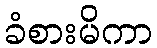
ခံစားမိကာ